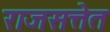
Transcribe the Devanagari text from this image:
राजसत्तेत